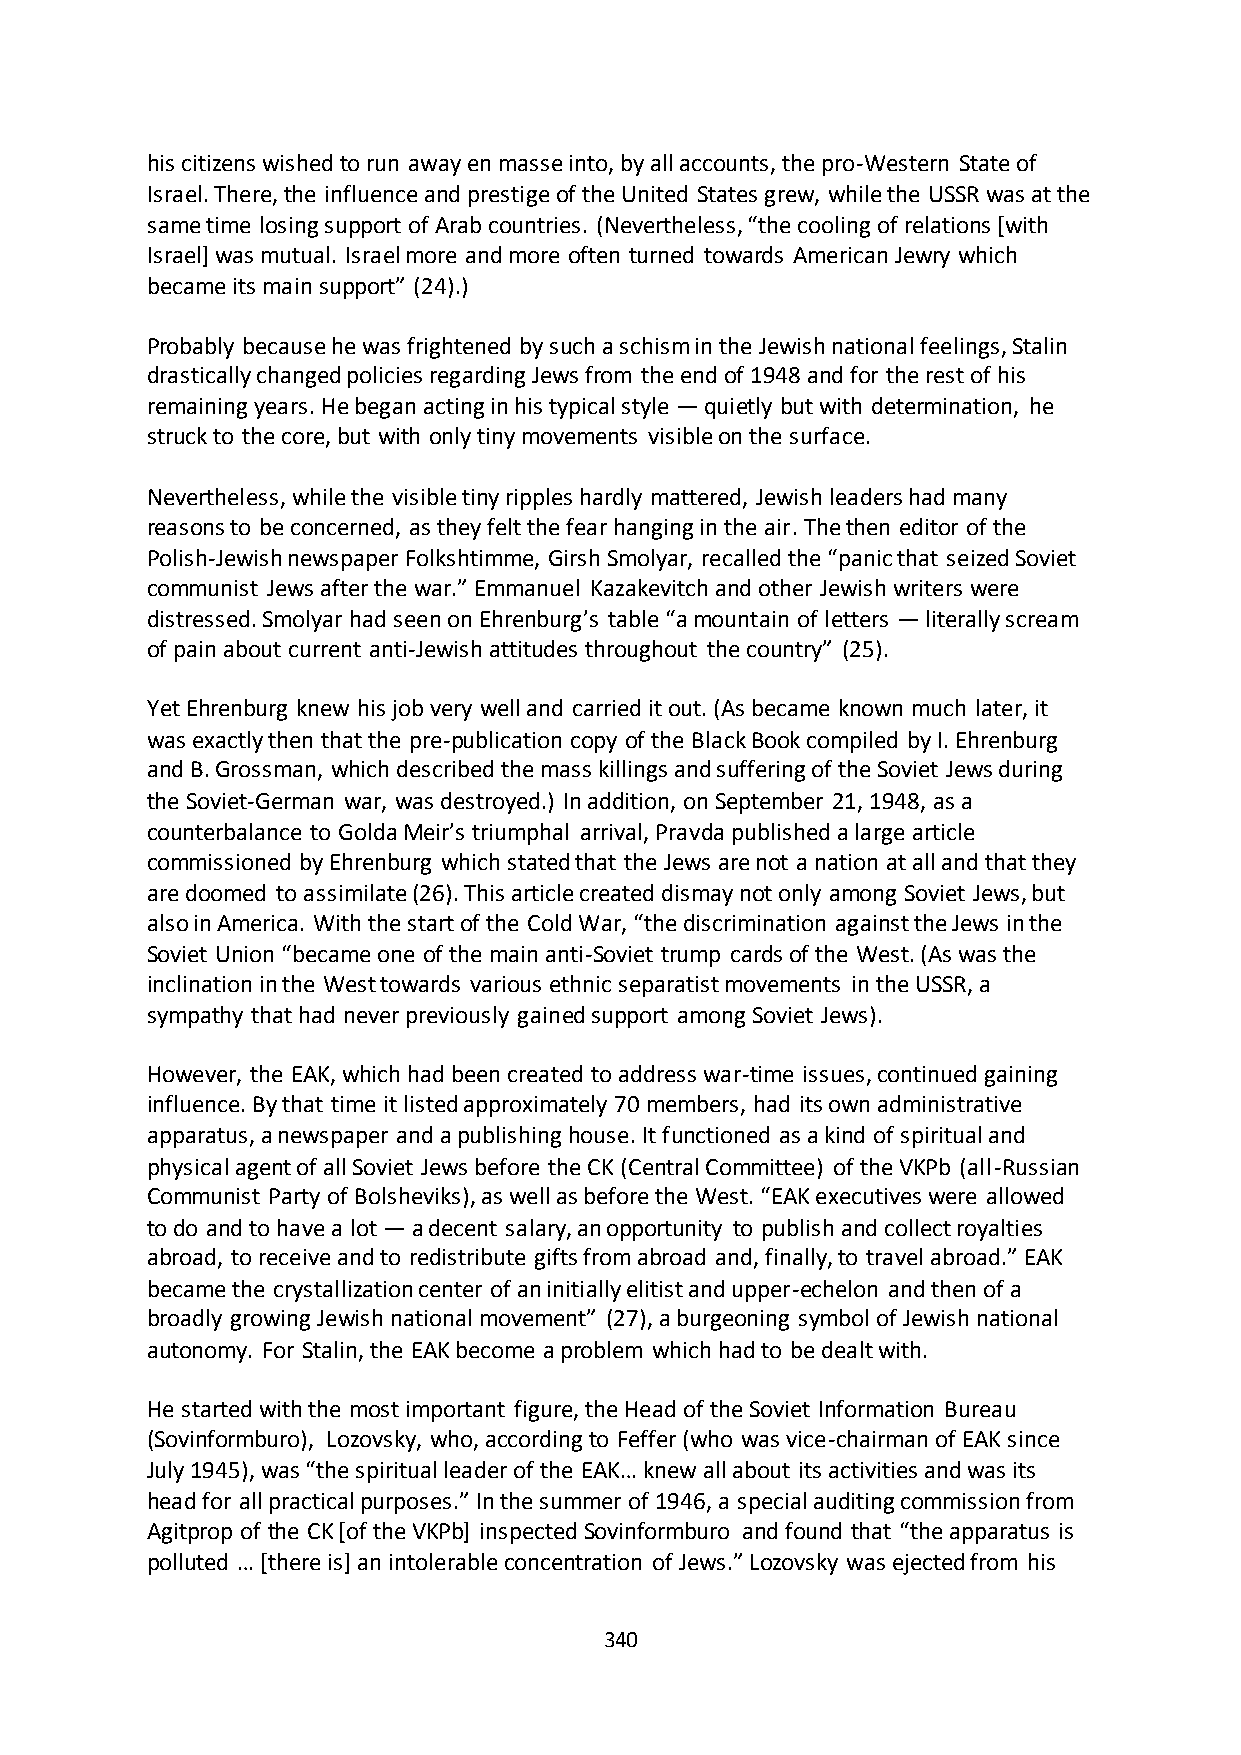
his citizens wished to run away en masse into, by all accounts, the pro-Western State of
 Israel. There, the influence and prestige of the United States grew, while the USSR was at the
 same time losing support of Arab countries. (Nevertheless, “the cooling of relations *with
 Israel] was mutual. Israel more and more often turned towards American Jewry which
 became its main support” (24).)
 Probably because he was frightened by such a schism in the Jewish national feelings, Stalin
 drastically changed policies regarding Jews from the end of 1948 and for the rest of his
 remaining years. He began acting in his typical style — quietly but with determination, he
 struck to the core, but with only tiny movements visible on the surface.
 Nevertheless, while the visible tiny ripples hardly mattered, Jewish leaders had many
 reasons to be concerned, as they felt the fear hanging in the air. The then editor of the
 Polish-Jewish newspaper Folkshtimme, Girsh Smolyar, recalled the “panic that seized Soviet
 communist Jews after the war.” Emmanuel Kazakevitch and other Jewish writers were
 distressed. Smolyar had seen on Ehrenburg’s table “a mountain of letters — literally scream
 of pain about current anti-Jewish attitudes throughout the country” (25).
 Yet Ehrenburg knew his job very well and carried it out. (As became known much later, it
 was exactly then that the pre-publication copy of the Black Book compiled by I. Ehrenburg
 and B. Grossman, which described the mass killings and suffering of the Soviet Jews during
 the Soviet-German war, was destroyed.) In addition, on September 21, 1948, as a
 counterbalance to Golda Meir’s triumphal arrival, Pravda published a large article
 commissioned by Ehrenburg which stated that the Jews are not a nation at all and that they
 are doomed to assimilate (26). This article created dismay not only among Soviet Jews, but
 also in America. With the start of the Cold War, “the discrimination against the Jews in the
 Soviet Union “became one of the main anti-Soviet trump cards of the West. (As was the
 inclination in the West towards various ethnic separatist movements in the USSR, a
 sympathy that had never previously gained support among Soviet Jews).
 However, the EAK, which had been created to address war-time issues, continued gaining
 influence. By that time it listed approximately 70 members, had its own administrative
 apparatus, a newspaper and a publishing house. It functioned as a kind of spiritual and
 physical agent of all Soviet Jews before the CK (Central Committee) of the VKPb (all-Russian
 Communist Party of Bolsheviks), as well as before the West. “EAK executives were allowed
 to do and to have a lot — a decent salary, an opportunity to publish and collect royalties
 abroad, to receive and to redistribute gifts from abroad and, finally, to travel abroad.” EAK
 became the crystallization center of an initially elitist and upper-echelon and then of a
 broadly growing Jewish national movement” (27), a burgeoning symbol of Jewish national
 autonomy. For Stalin, the EAK become a problem which had to be dealt with.
 He started with the most important figure, the Head of the Soviet Information Bureau
 (Sovinformburo), Lozovsky, who, according to Feffer (who was vice-chairman of EAK since
 July 1945), was “the spiritual leader of the EAK… knew all about its activities and was its
 head for all practical purposes.” In the summer of 1946, a special auditing commission from
 Agitprop of the CK *of the VKPb+ inspected Sovinformburo and found that “the apparatus is
 polluted … *there is+ an intolerable concentration of Jews.” Lozovsky was ejected from his
 340